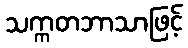
သက္ကတဘာသာဖြင့်